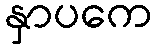
နှာပကေ